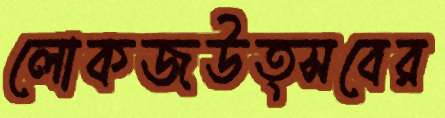
লোকজউত্সবের